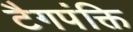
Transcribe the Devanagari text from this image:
टैगपंक्ति